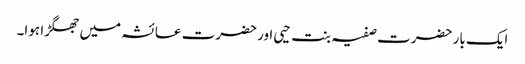
ایک بار حضرت صفیہ بنت حیی اور حضرت عائشہ میں جھگڑا ہوا۔